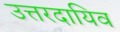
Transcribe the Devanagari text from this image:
उत्तरदायिव